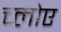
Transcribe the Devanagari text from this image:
च्लोए